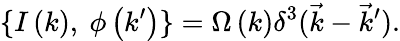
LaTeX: \{ I\left(k\right),\ \phi\left(k^{\prime}\right)\} =\Omega\left(k\right)\delta^{3}(\vec{k}-\vec{k}^{\prime}).